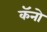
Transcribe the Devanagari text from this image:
कॅनो